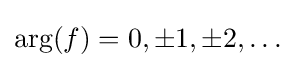
\arg(f)=0,\pm 1,\pm 2,\ldots